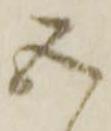
五